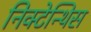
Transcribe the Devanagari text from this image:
निक्टेन्थिस